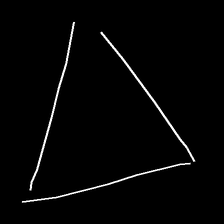
Glyph: convergence